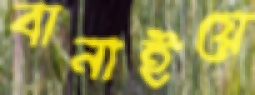
বানাইয়ে